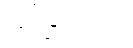
လုပ်ခြင်းသည်